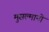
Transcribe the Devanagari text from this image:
मुसल्मानो